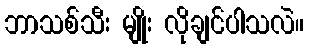
ဘာသစ်သီး မျိုး လိုချင်ပါသလဲ။